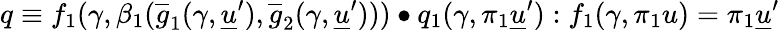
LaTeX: q\equiv f_{1}(\gamma,\beta_{1}(\overline{{g}}_{1}(\gamma,\underline{{u}}^{\prime}),\overline{{g}}_{2}(\gamma,\underline{{u}}^{\prime})))\bullet q_{1}(\gamma,\pi_{1}\underline{{u}}^{\prime}):f_{1}(\gamma,\pi_{1}u)=\pi_{1}\underline{{u}}^{\prime}